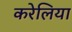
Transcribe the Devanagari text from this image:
करेलिया